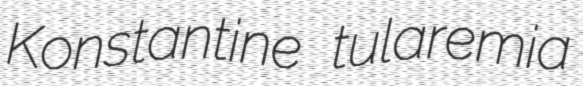
Konstantine tularemia